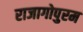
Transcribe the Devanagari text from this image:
राजागोपुरम